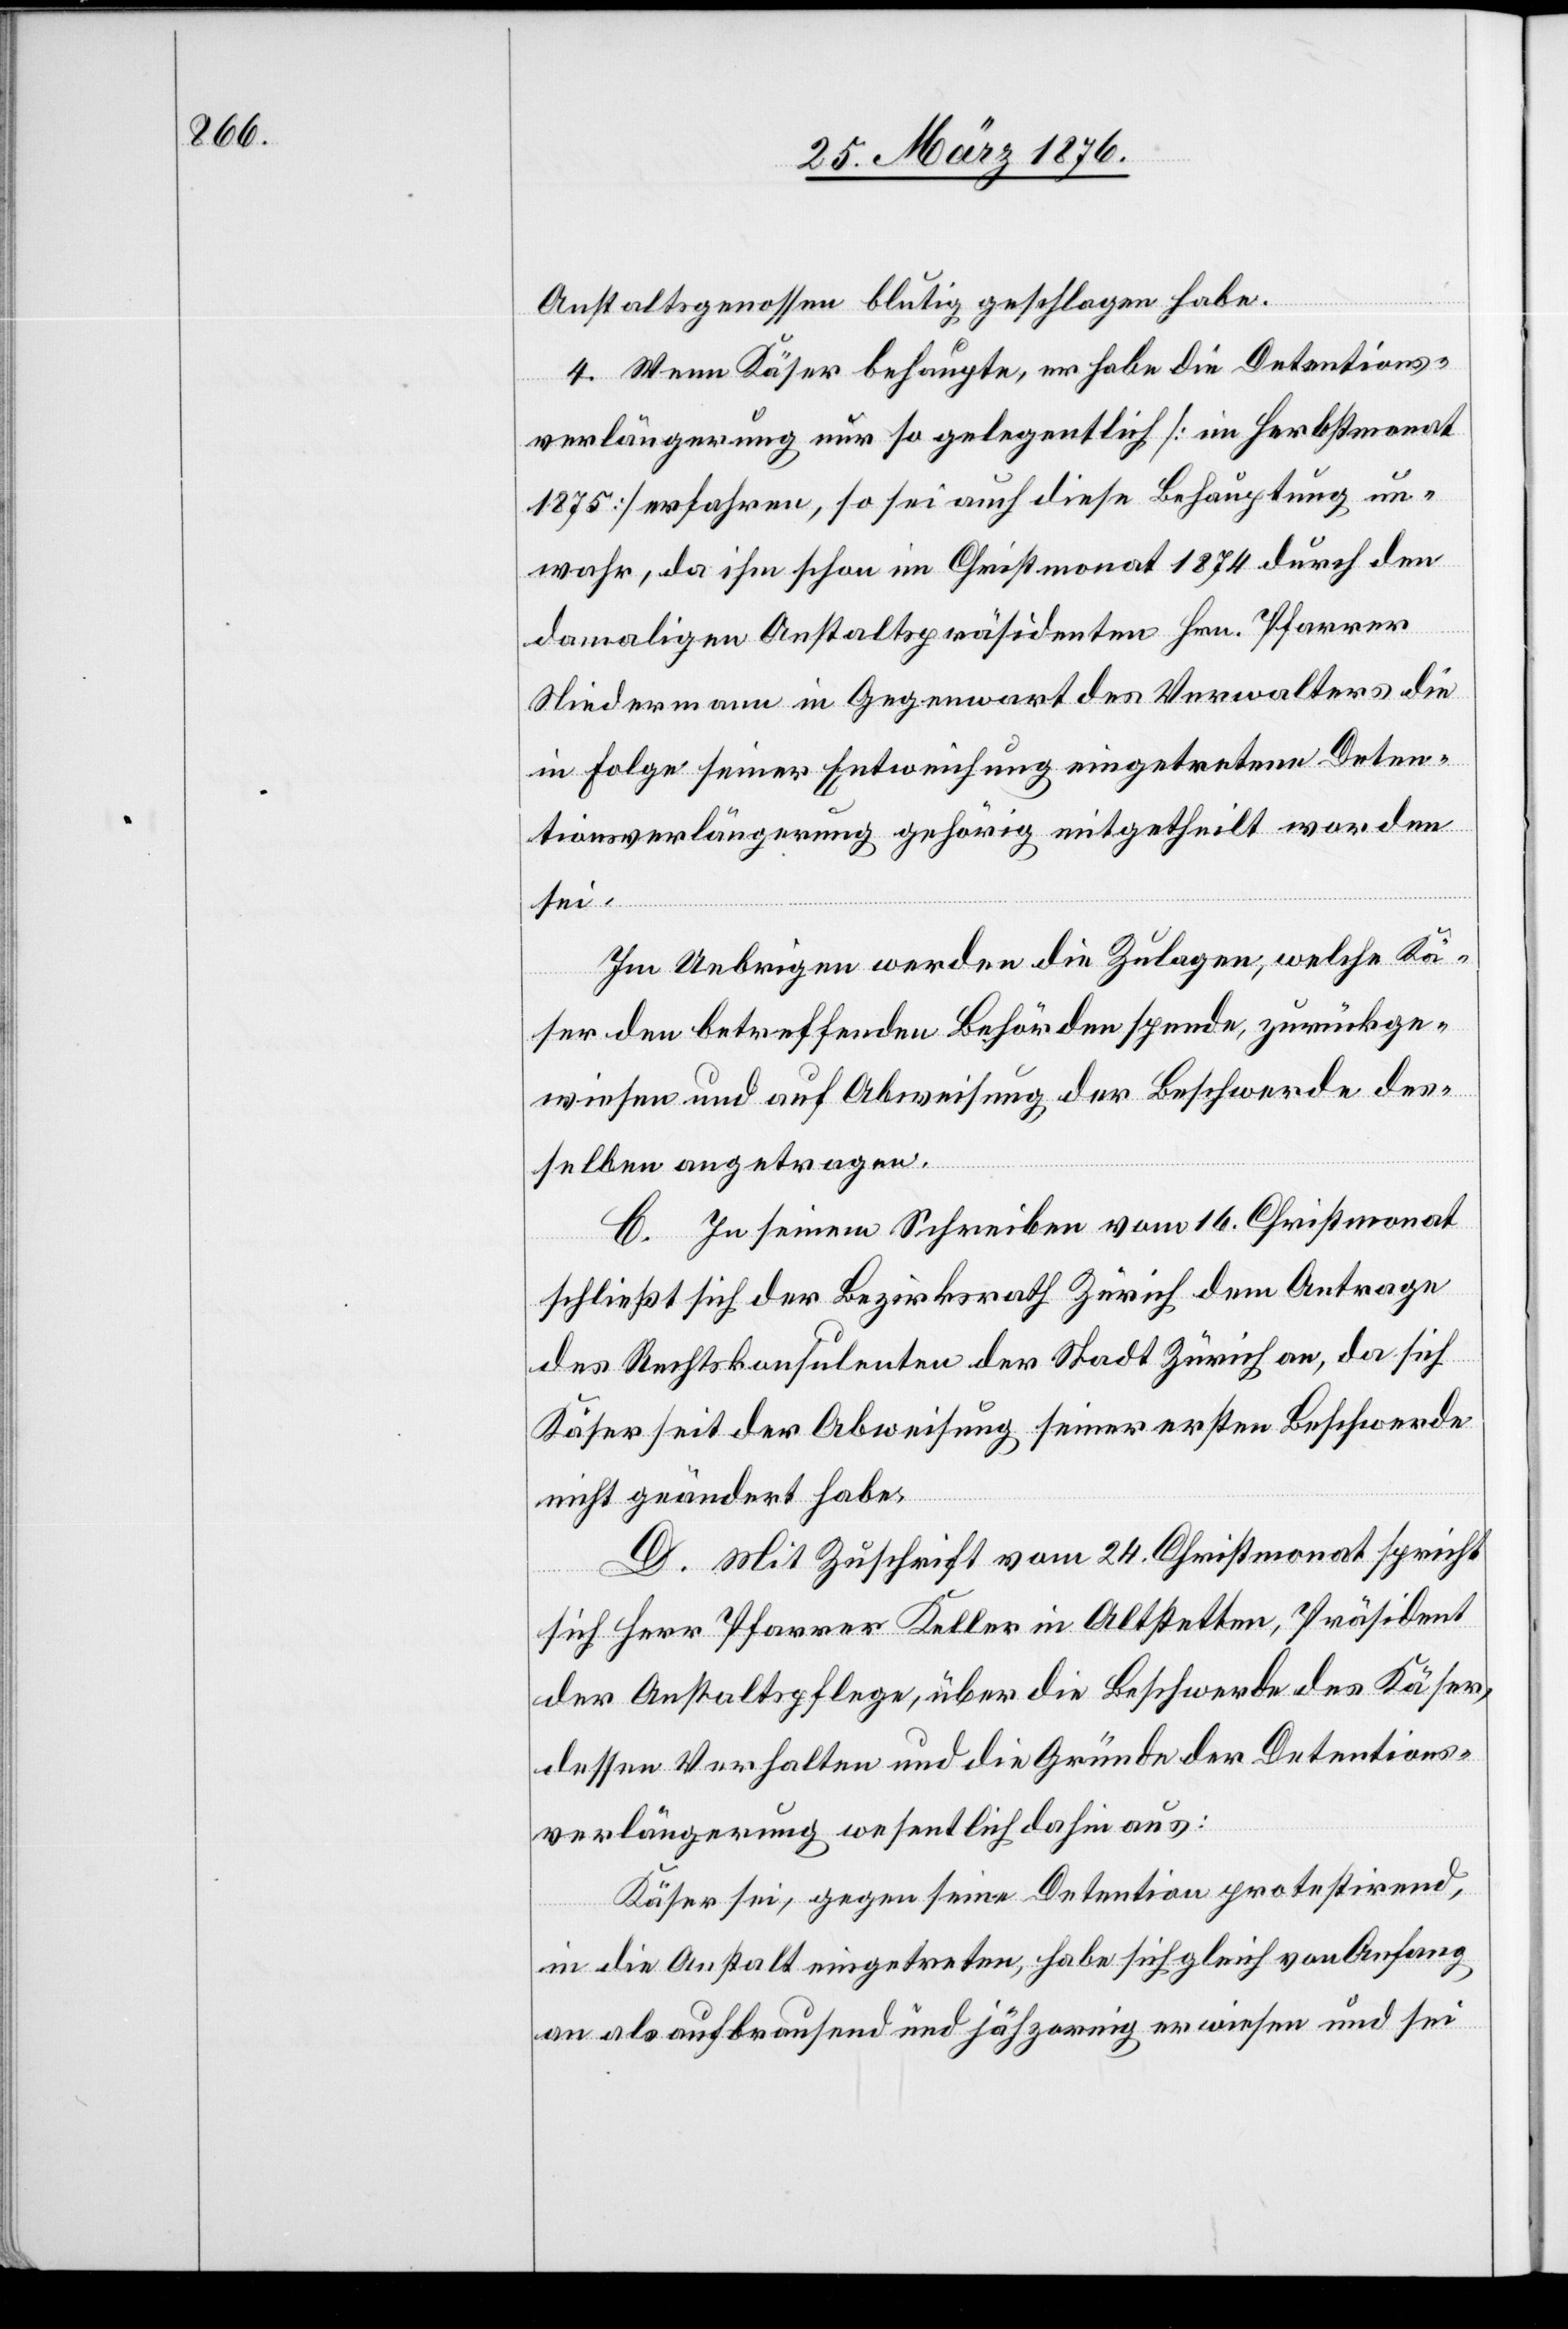
Anstaltsgenossen blutig geschlagen habe.
4. Wenn Käser behaupte, er habe die Detentions¬
verlängerung nur so gelegentlich [im Herbstmonat
1875] erfahren, so sei auch diese Behauptung un¬
wahr, da ihm schon im Christmonat 1874 durch den
damaligen Anstaltspräsidenten Hrn. Pfarrer
Niedermann in Gegenwart des Verwalters die
in Folge seiner Entweichung eingetretene Deten¬
tionsverlängerung gehörig mitgetheilt worden
sei.
Im Uebrigen werden die Zulagen, welche Kä¬
ser den betreffenden Behörden spende, zurückge¬
wiesen und auf Abweisung der Beschwerde des¬
selben angetragen.
C. In seinem Schreiben vom 16. Christmonat
schließt sich der Bezirksrath Zürich dem Antrage
des Rechtskonsulenten der Stadt Zürich an, da sich
Käser seit der Abweisung seiner ersten Beschwerde
nicht geändert habe.
D. Mit Zuschrift vom 24. Christmonat spricht
sich Herr Pfarrer Keller in Altstetten, Präsident
der Anstaltspflege, über die Beschwerde des Käser,
dessen Verhalten und die Gründe der Detentions¬
verlängerung wesentlich dahin aus:
Käser sei, gegen seine Detention protestirend,
in die Anstalt eingetreten, habe sich gleich von Anfang
an als aufbrausend und jähzornig erwiesen und sei